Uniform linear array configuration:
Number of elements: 8
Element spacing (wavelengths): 0.25
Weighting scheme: blackman
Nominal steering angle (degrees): -15
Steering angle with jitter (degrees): -15.718
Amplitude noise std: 0.05
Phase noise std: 0.05

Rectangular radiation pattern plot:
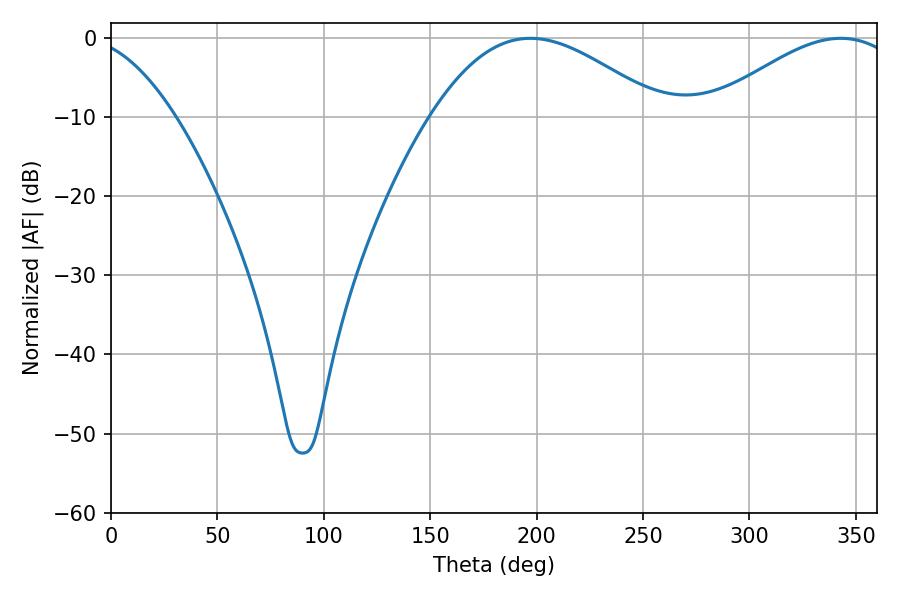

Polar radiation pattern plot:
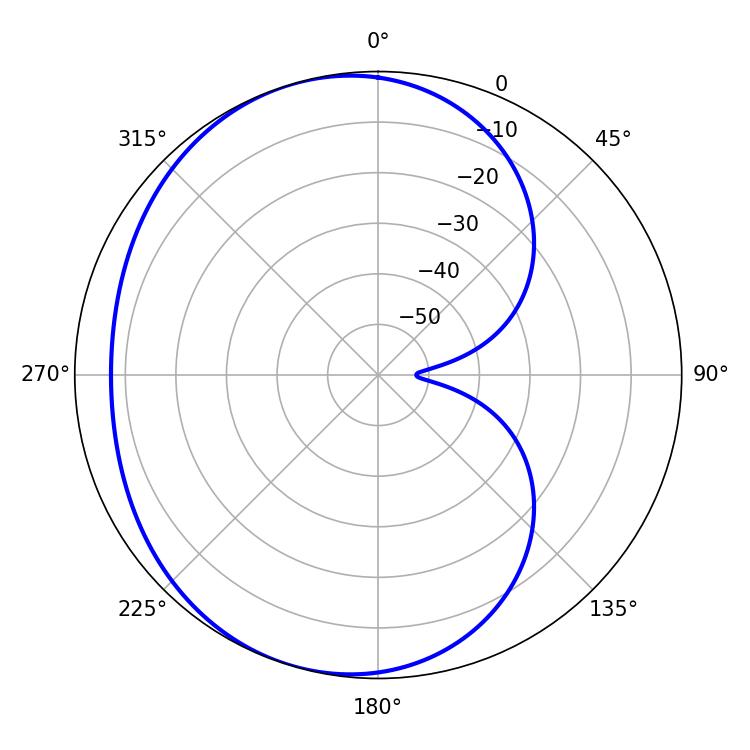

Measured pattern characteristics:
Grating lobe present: FALSE
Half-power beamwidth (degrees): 49.32
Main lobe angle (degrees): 342.9